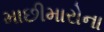
માછીમારોના